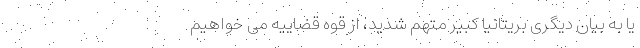
یا به بیان دیگری بریتانیا کبیر متهم شدید، از قوه قضاییه می خواهیم